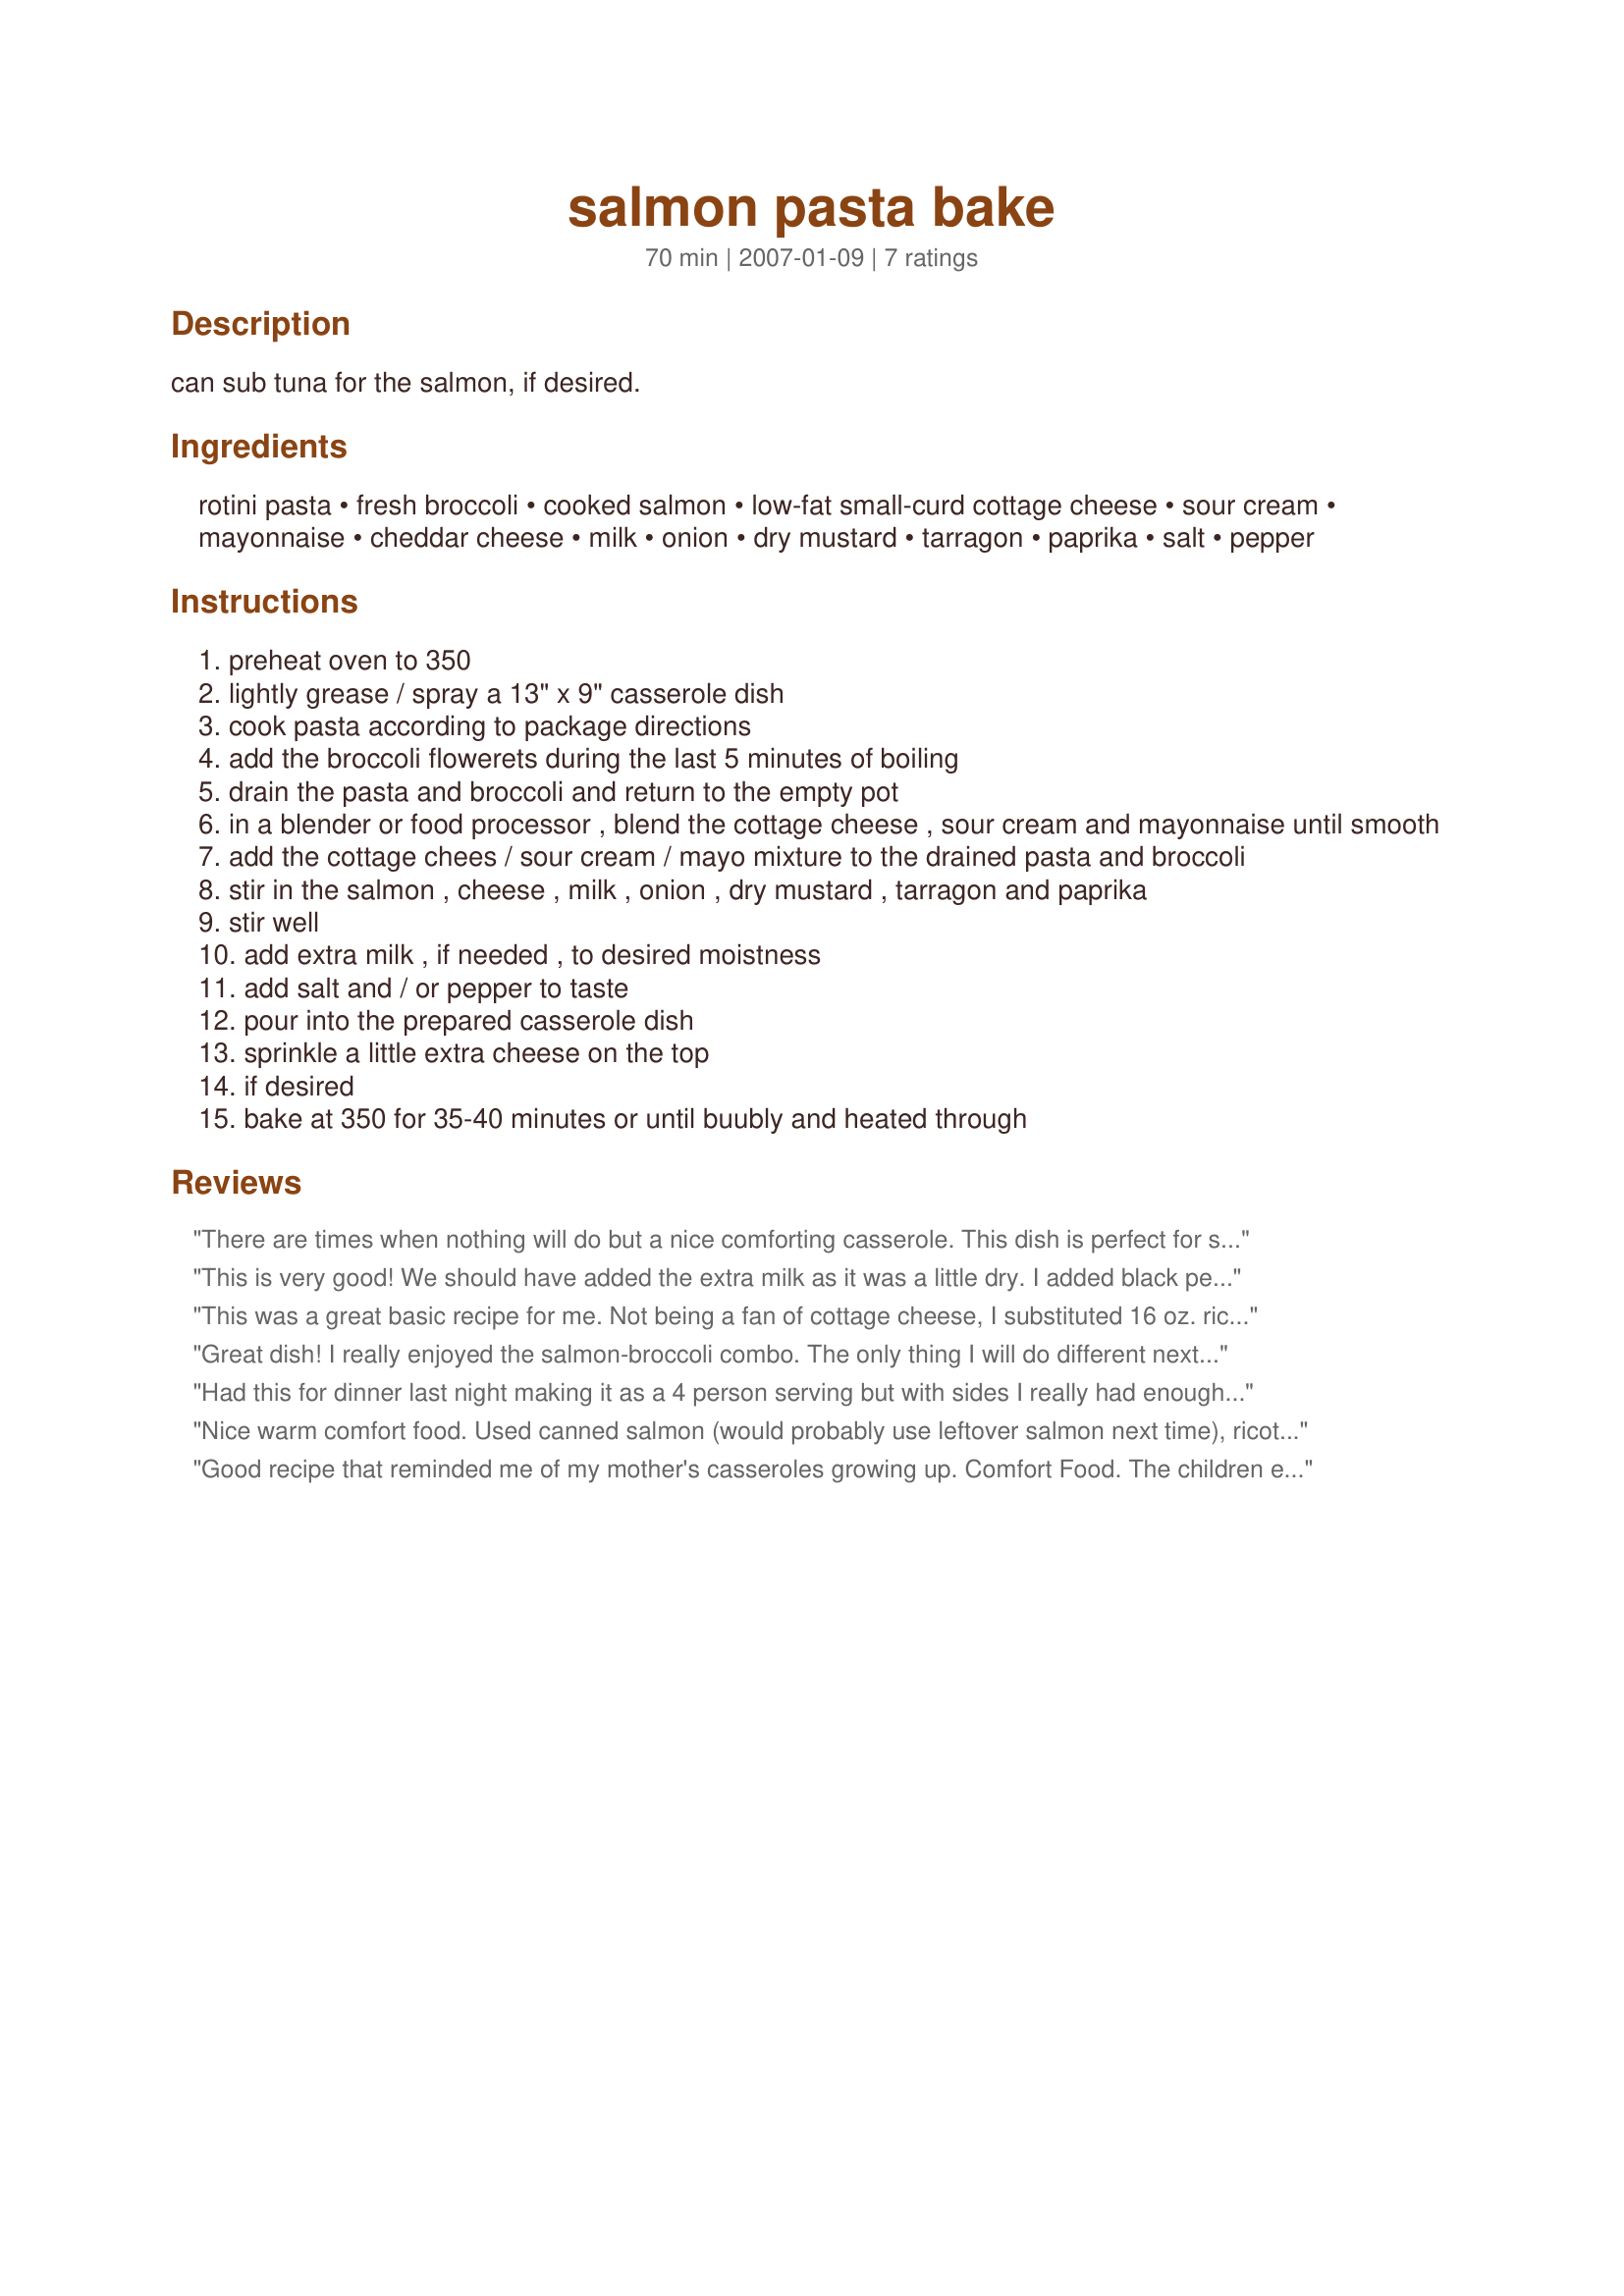
salmon pasta bake
Preparation time: 70 minutes

can sub tuna for the salmon, if desired.

Ingredients:
rotini pasta, fresh broccoli, cooked salmon, low-fat small-curd cottage cheese, sour cream, mayonnaise, cheddar cheese, milk, onion, dry mustard, tarragon, paprika, salt, pepper

Steps:
preheat oven to 350
lightly grease / spray a 13" x 9" casserole dish
cook pasta according to package directions
add the broccoli flowerets during the last 5 minutes of boiling
drain the pasta and broccoli and return to the empty pot
in a blender or food processor , blend the cottage cheese , sour cream and mayonnaise until smooth
add the cottage chees / sour cream / mayo mixture to the drained pasta and broccoli
stir in the salmon , cheese , milk , onion , dry mustard , tarragon and paprika
stir well
add extra milk , if needed , to desired moistness
add salt and / or pepper to taste
pour into the prepared casserole dish
sprinkle a little extra cheese on the top
if desired
bake at 350 for 35-40 minutes or until buubly and heated through

Reviews:
There are times when nothing will do but a nice comforting casserole. This dish is perfect for such times and reduces well to serve 4. I used plain yogurt in place of the sour cream and a sharp cheddar cheese. Additional cheese was sprinkled on top of casserole along with extra paprika.
This is very good! We should have added the extra milk as it was a little dry. I added black pepper to my serving to spice it up a bit but everyone else enjoyed it as is. A good way to use leftover salmon!
This was a great basic recipe for me. Not being a fan of cottage cheese, I substituted 16 oz. ricotta cheese and added an egg with it. I'm not sure how number of servings are determined, but 2 adults and a 17-year-old football player had two helpings each and 2/3 of it is still left! We love it!
Great dish! I really enjoyed the salmon-broccoli combo. The only thing I will do different next time is saute the onions before adding them to the mixture. I thought they were too crunchy. I will definitely make this again!
Had this for dinner last night making it as a 4 person serving but with sides I really had enough for 6 (guess what DMN and I are having for lunch today). The only change I made was to use spring onion (scallion) for the onion and I used a 415g (14oz) can of red salmon which is the amount I normally use when making salmon pasta bake. I used a full cup of grated cheese in the mix and another cups worth sprinkled on the top and it was baked within 30 minutes at 175 degree celsius in a fan forced oven. Thank you *Parsley* for a keeper which is a delicious quick and easy make for during the week.
Nice warm comfort food. Used canned salmon (would probably use leftover salmon next time), ricotta cheese, Smart Balance mayo, 1 C cheddar chz, was out of paprika. Mild flavor that would benefit, I think, from a little garlic and maybe a little more salmon. Thanks!
Good recipe that reminded me of my mother's casseroles growing up. Comfort Food. The children enjoyed it, even though they say I serve Salmon all the time! I could somehow taste the cottage cheese and for some reason that taste did not appeal to me. That is why I gave it 4 stars instead of 5. This made a very generous 8 servings.
